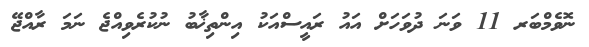
ނޮވެމްބަރ 11 ވަނަ ދުވަހަށް އައު ރައީސްއަކު އިންތިޚާބު ނުކުރެވިއްޖެ ނަމަ ރާއްޖޭ